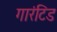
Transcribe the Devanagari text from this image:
गारंटिड